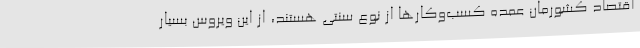
اقتصاد کشورمان عمده کسب‌وکارها از نوع سنتی هستند، از این ویروس بسیار